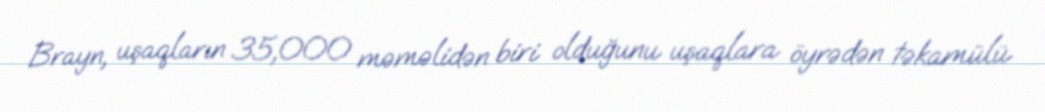
Brayn, uşaqların 35,000 məməlidən biri olduğunu uşaqlara öyrədən təkamülü